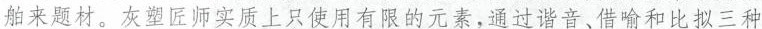
舶来题材。灰塑匠师实质上只有限的元素，通过谐音，借喻和比拟三种